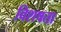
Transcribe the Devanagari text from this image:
विशषता